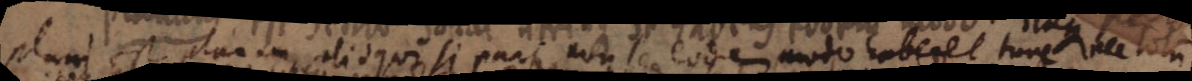
plani est planum aliqui qui si pars non se eodem modo haberet tunc ale totum